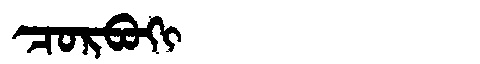
Manchu: ᠴᠣᡵᠪᠣᡴᡳ
Romanization: CORBOKI